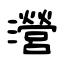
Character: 瀯